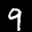
Label: 9